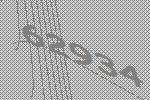
62934